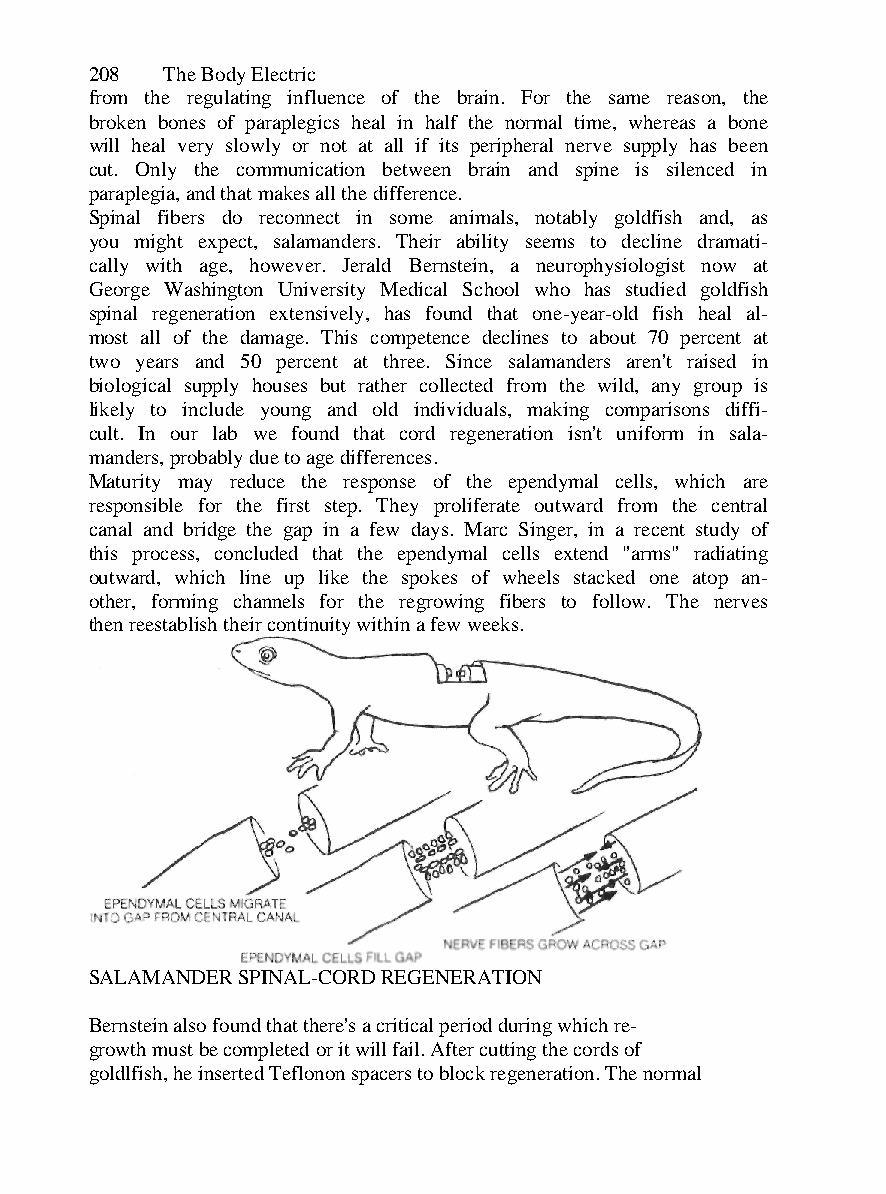
208  The Body Electric
 from the regulating influence of the brain. For the same reason, the
 broken bones of paraplegics heal in half the normal time, whereas a bone
 will heal very slowly or not at all if its peripheral nerve supply has been
 cut. Only the communication between brain and spine is silenced in
 paraplegia, and that makes all the difference.
 Spinal fibers do reconnect in some animals, notably goldfish and, as
 you might expect, salamanders. Their ability seems to decline dramati-
 cally with age, however. Jerald Bernstein, a neurophysiologist now at
 George Washington University Medical School who has studied goldfish
 spinal regeneration extensively, has found that one-year-old fish heal al-
 most all of the damage. This competence declines to about 70 percent at
 two years and 50 percent at three. Since salamanders aren't raised in
 biological supply houses but rather collected from the wild, any group is
 likely to include young and old individuals, making comparisons diffi-
 cult. In our lab we found that cord regeneration isn't uniform in sala-
 manders, probably due to age differences.
 Maturity may reduce the response of the ependymal cells, which are
 responsible for the first step. They proliferate outward from the central
 canal and bridge the gap in a few days. Marc Singer, in a recent study of
 this process, concluded that the ependymal cells extend "arms" radiating
 outward, which line up like the spokes of wheels stacked one atop an-
 other, forming channels for the regrowing fibers to follow. The nerves
 then reestablish their continuity within a few weeks.
 SALAMANDER SPINAL-CORD REGENERATION
 Bernstein also found that there's a critical period during which re-
 growth must be completed or it will fail. After cutting the cords of
 goldlfish, he inserted Teflonon spacers to block regeneration. The normal